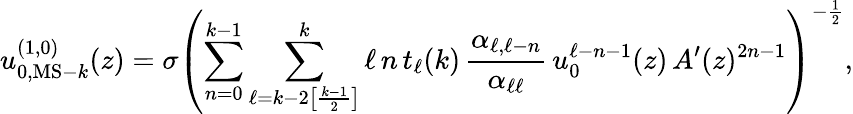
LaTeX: u_{0,{\mathrm{MS-}}k}^{(1,0)}(z)=\sigma\left(\sum_{n=0}^{k-1}\sum_{\ell=k-2\left[\frac{k-1}{2}\right]}^{k}\ell\, n\, t_{\ell}(k)\, \frac{\alpha_{\ell,\ell-n}}{\alpha_{\ell\ell}}\, u_{0}^{\ell-n-1}(z)\, A^{\prime}(z)^{2n-1}\right)^{-\frac{1}{2}},